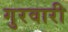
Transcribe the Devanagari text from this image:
गुरवारी